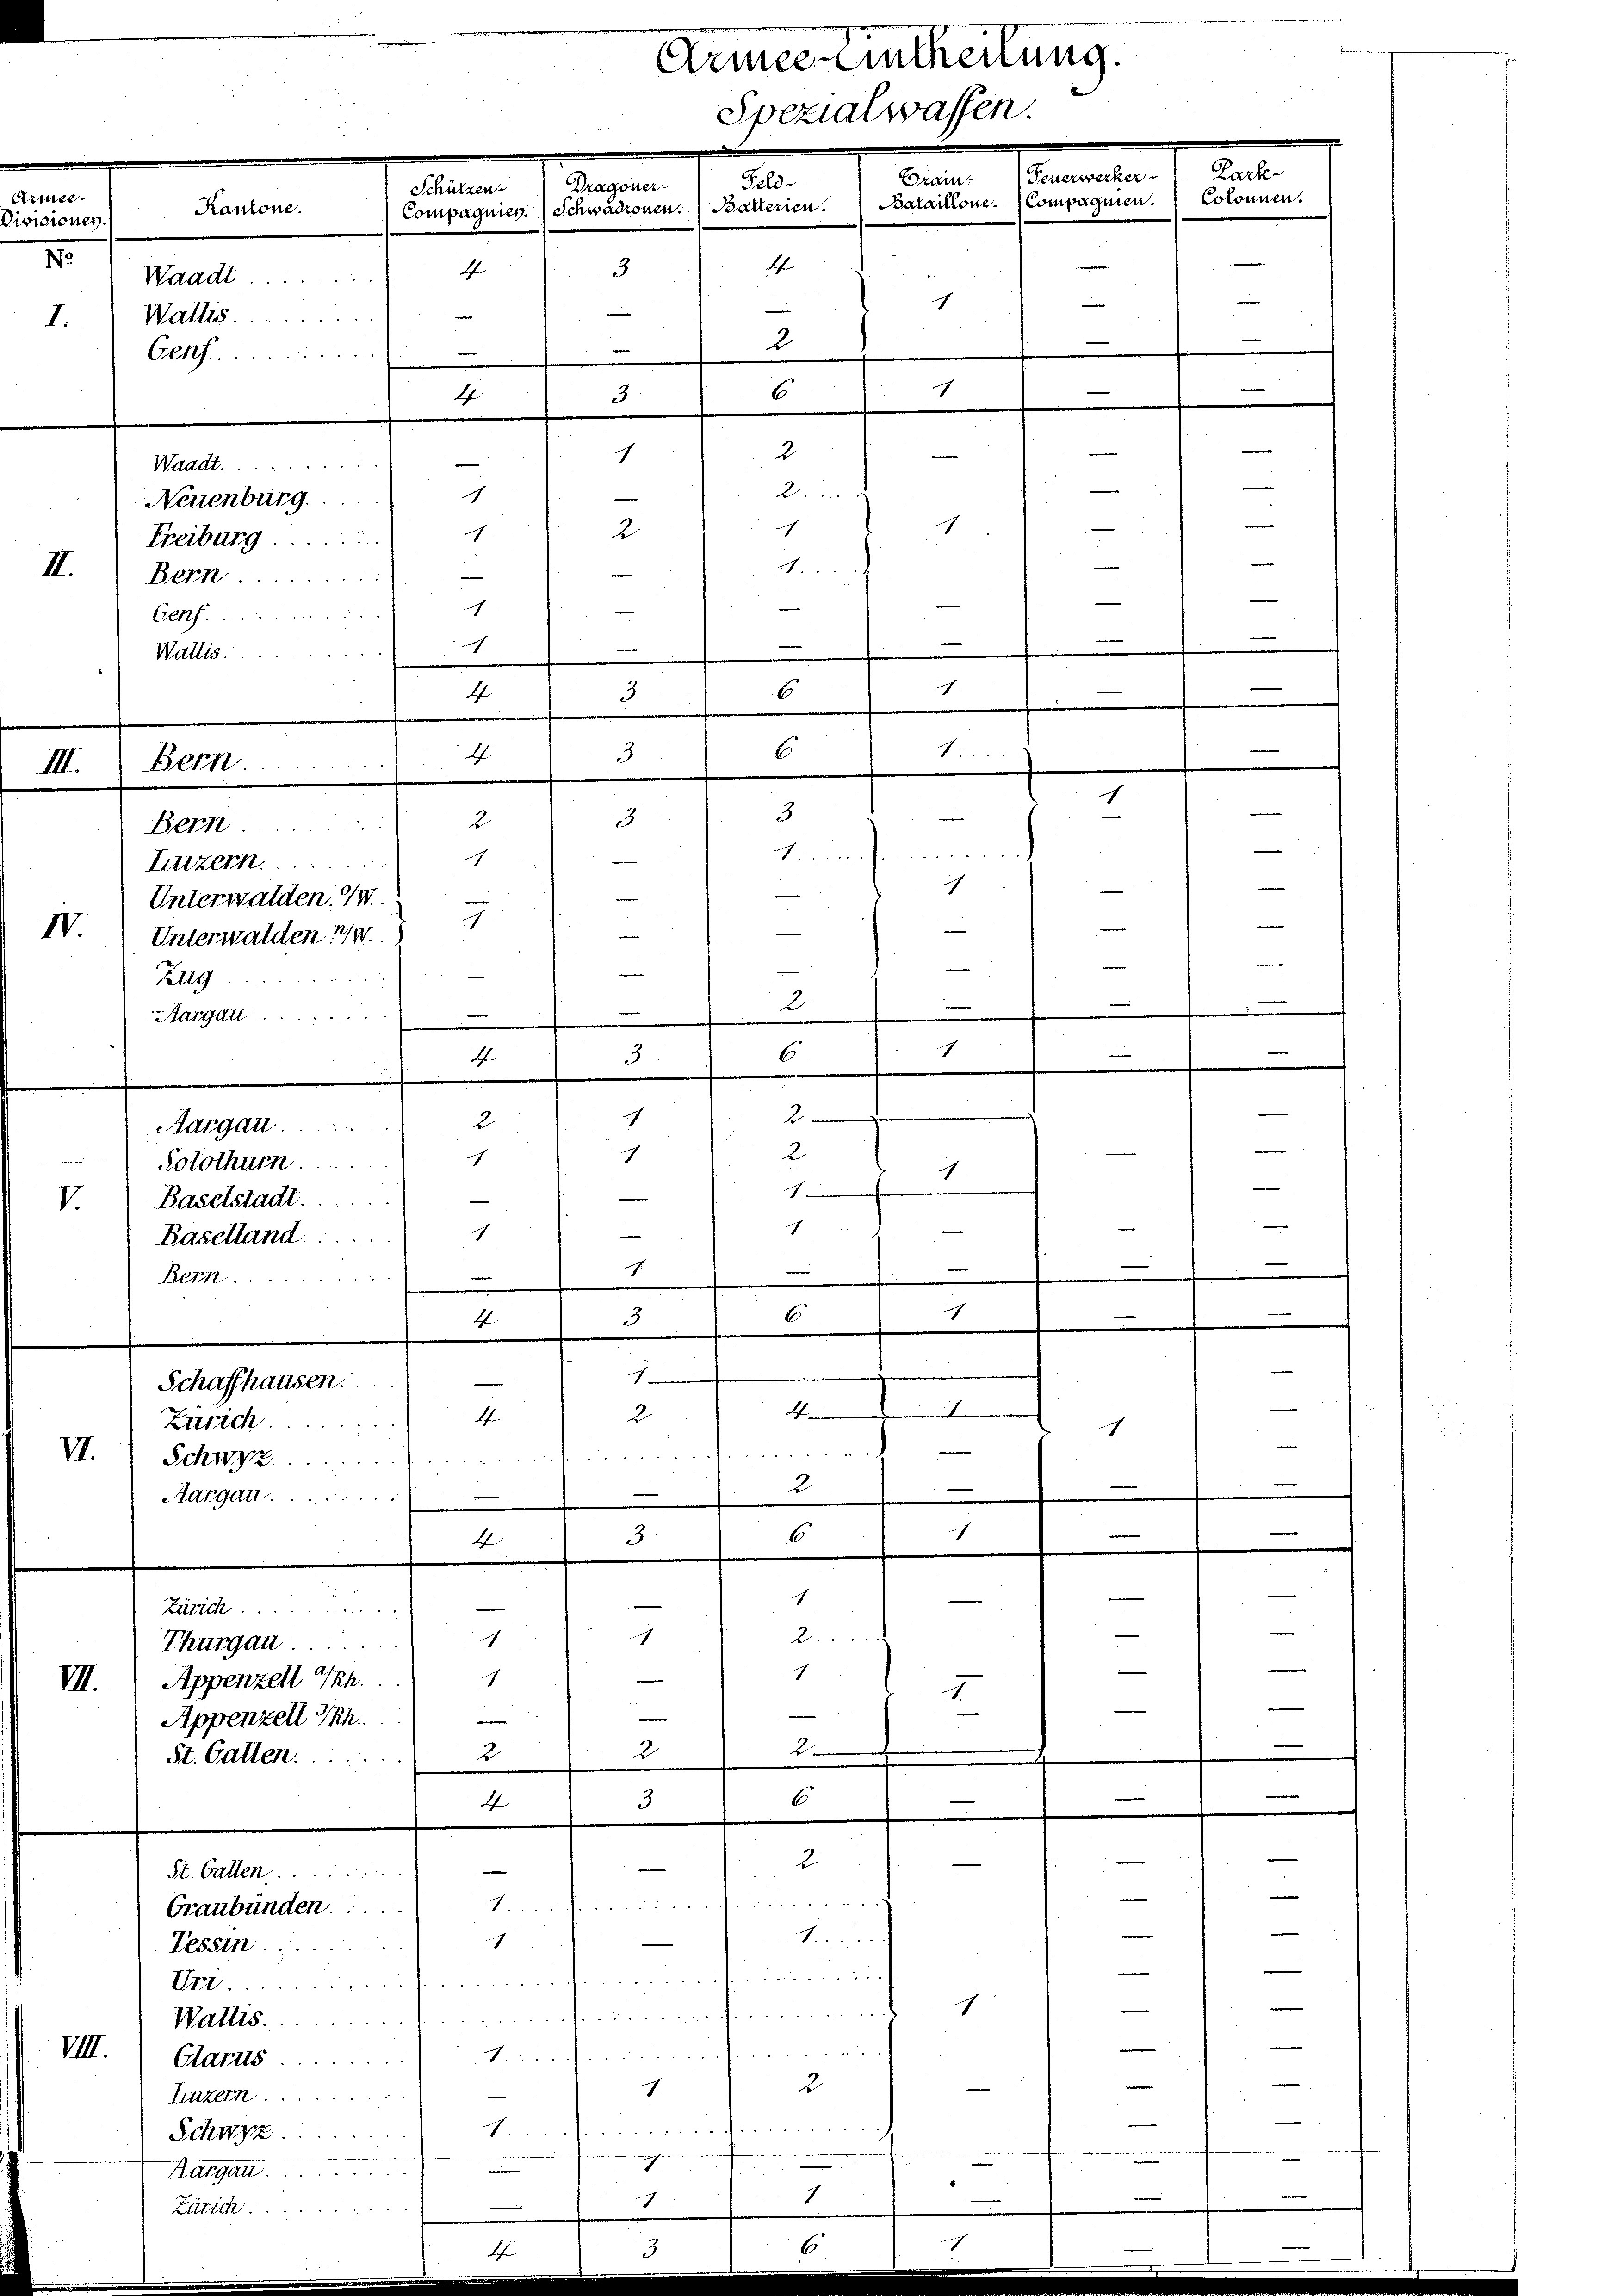
Armee
isionen
o Waadt.....
Wallis ....
I.
Genf.

Kantone.

Waadt.......
Neuenburg.
Freiburg ......
II.
Bern
Genf.  ....
Wallis.....

Bern
III.
Bern
Luzern.......
Unterwalden I.
IV.
Unterwalden 24.
Zug.
Marzill......

Aargau ......
Solothurn.
Baselstadt.
V.
Baselland.
Bern

Zürich.
II.
Schwyz.
Aargau ....

Schaffhausen.

St. Gallen ....
Graubünden ...
Tessin. ......
Dr........
Wallis.
VIII. 1 Glarus......
Luzern ........
Schwyz .....
Margau
Zürich ........

Zacke
Feuerwerker
Gram
Feld-
Dragoner
Schützen
Colonnen.
Bataillone. Compagnien.
Bakterien.
Schwadronen.
Compagnier.
4
4
3

c
e
n
18
—
2
e
.
e
6
c
e
3
4
e

Zürich ......
Thurgau.
Appenzell Th.
III.
Appenzell Th.
St. Gallen.

f
ch
e
e
|
—
u
6

6
3
feder
e
2
i
.
6
3
4
2
c
2
2
c
f
.
.
1

"
—
x
e
"
.
.

.

6

n
3
4
1

Ich
2
4
ch
e
rd

2
.

-

6
3

4

c
e
e
2.
c
c
h
—
1
1
1

2
2
2
6
3
4

c
7

22
1.

1

e

2

 f 52 x 54 x
I.

ich

2

4
de weiter der in der

2
c
e
2
.
—
4
a
2
h
4.

4
3.
3
2
ach
.
e

43

Armee Eintheilung.
Spezialwassen.

4

.

e

e
|
e
—
—
e
n
e

e
—
n

e
e
e
e
—
d

—
.
—

|

e
e